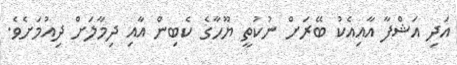
އަދި އަޝްފާ އާއިއެކު ބޭރަށް ނުކުތީ ޔޫހާގެ ކެބިން އާއި ދިމާލަށް ދިއުމަށެވެ.